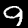
Label: 9